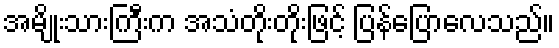
အမျိုးသားကြီးက အသံတိုးတိုးဖြင့် ပြန်ပြောလေသည်။